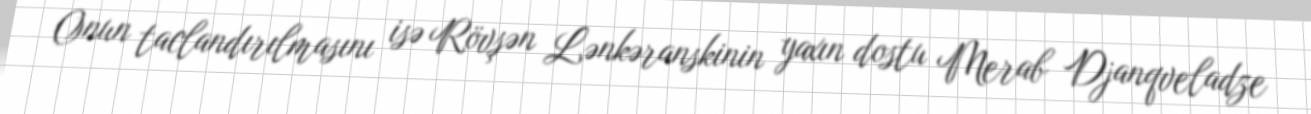
Onun taclandırılmasını isə Rövşən Lənkəranskinin yaxın dostu Merab Djanqveladze